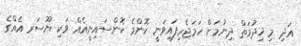
އަދި މި ޚިދުމަތް ދިނުމަށް ހަމަޖެހިފައިވަނީ ކޮންމެ ކޮންސައިނީއެއް ވަކި ޔޫސަރ އެއްގެ